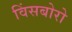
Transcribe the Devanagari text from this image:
विंसबोरो